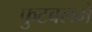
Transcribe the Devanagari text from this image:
फुटबलमे